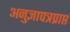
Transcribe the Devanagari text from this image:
अनुज्ञापत्रप्राप्त